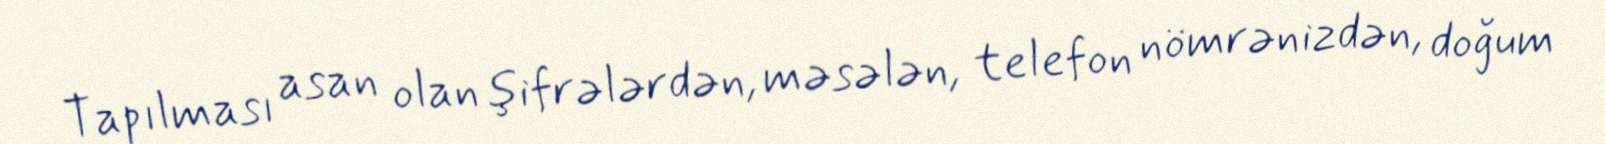
Tapılması asan olan şifrələrdən, məsələn, telefon nömrənizdən, doğum